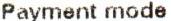
PAYMENT MODE